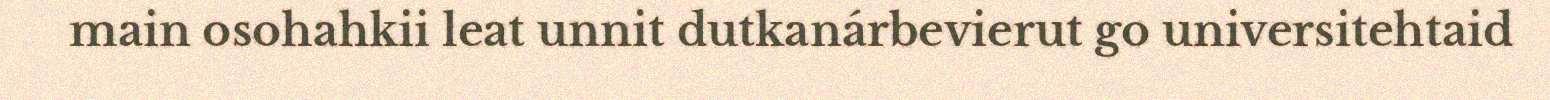
main osohahkii leat unnit dutkanárbevierut go universitehtaid